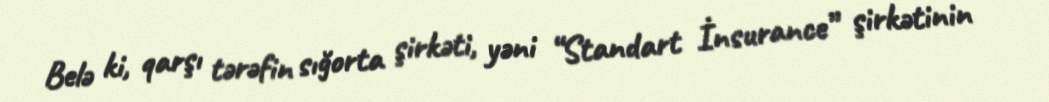
Belə ki, qarşı tərəfin sığorta şirkəti, yəni “Standart İnsurance” şirkətinin